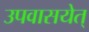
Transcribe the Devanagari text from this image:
उपवासयेत्